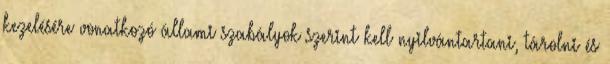
kezelésére vonatkozó állami szabályok szerint kell nyilvántartani, tárolni és